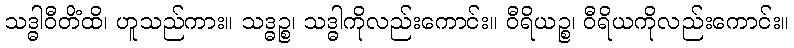
သဒ္ဓါဝီတိံထိ၊ ဟူသည်ကား။ သဒ္ဓဉ္စ၊ သဒ္ဓါကိုလည်းကောင်း။ ဝီရိယဉ္စ၊ ဝီရိယကိုလည်းကောင်း။